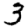
Digit: 3